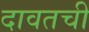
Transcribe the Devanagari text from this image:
दावतची